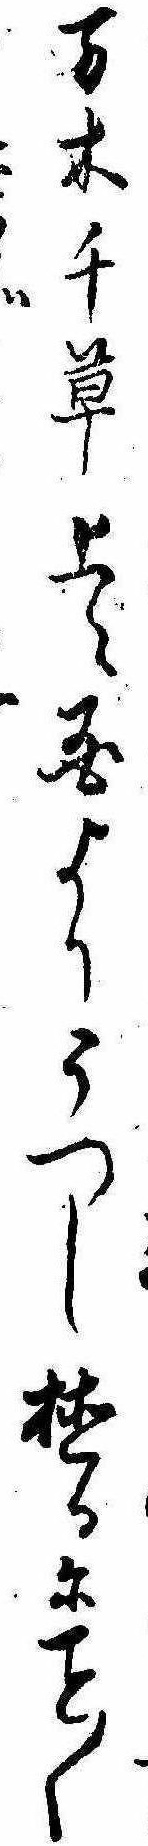
万木千草上々国よりうつし植るに〱じ